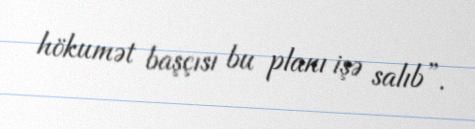
hökumət başçısı bu planı işə salıb”.